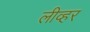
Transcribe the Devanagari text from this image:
लीव्हर